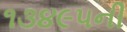
૧૩૪૯૫ની